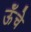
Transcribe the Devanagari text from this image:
ऊॅंचे